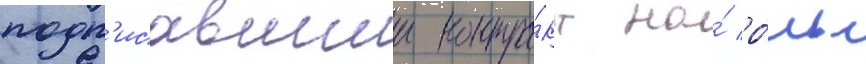
подп'исавшии контра́кт на́ ро́ль